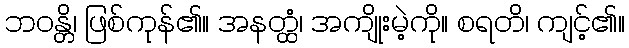
ဘဝန္တိ၊ ဖြစ်ကုန်၏။ အနတ္ထံ၊ အကျိုးမဲ့ကို။ စရတိ၊ ကျင့်၏။